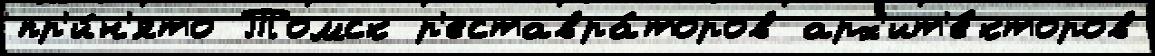
пр'и́н'ято Томск р'еставра́торов арх'ит'е́кторов